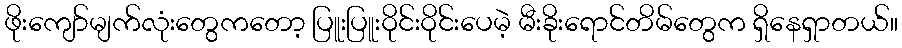
ဖိုးကျော်မျက်လုံးတွေကတော့ ပြူးပြူးဝိုင်းဝိုင်းပေမဲ့ မီးခိုးရောင်တိမ်တွေက ရှိနေရှာတယ်။